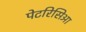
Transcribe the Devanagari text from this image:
पेटरिसिआ